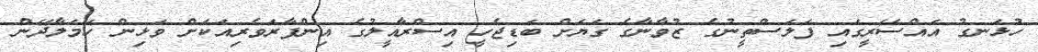
ހުޅަނގު އައްސޭރީގައި ފަލަސްތީނުގެ ޒުވާނާގެ ގަޔަށް ބަޑިޖެހީ އިސްރާއީލުގެ އިންފާރަވެރިއަކަށް ވަޅިން ހަމަލާދޭން